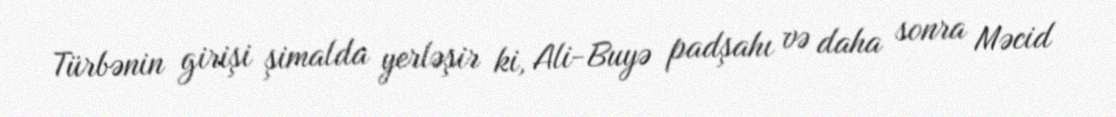
Türbənin girişi şimalda yerləşir ki, Ali-Buyə padşahı və daha sonra Məcid